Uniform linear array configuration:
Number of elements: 32
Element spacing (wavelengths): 0.5
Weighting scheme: blackman
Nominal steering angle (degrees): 45
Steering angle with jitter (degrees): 45.95
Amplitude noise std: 0.05
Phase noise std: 0.05

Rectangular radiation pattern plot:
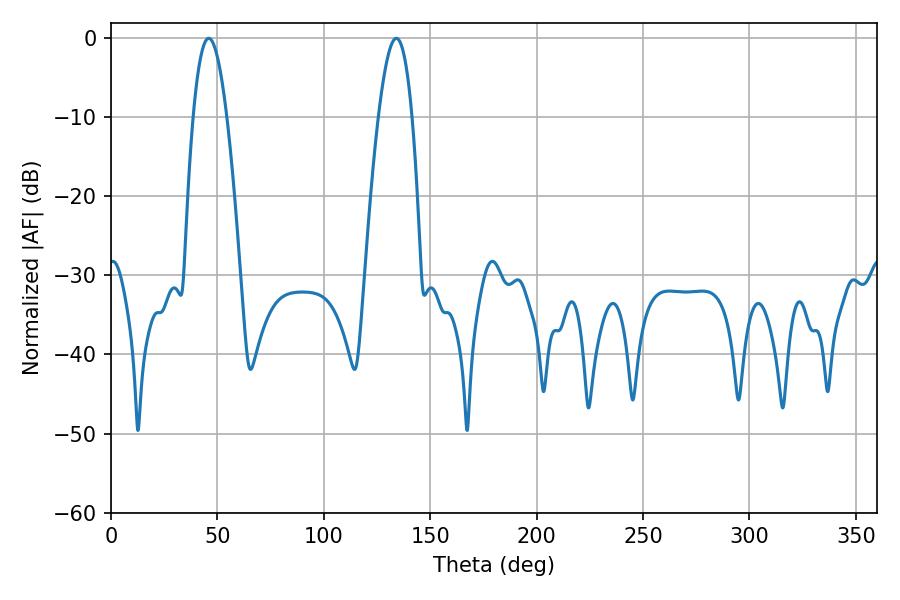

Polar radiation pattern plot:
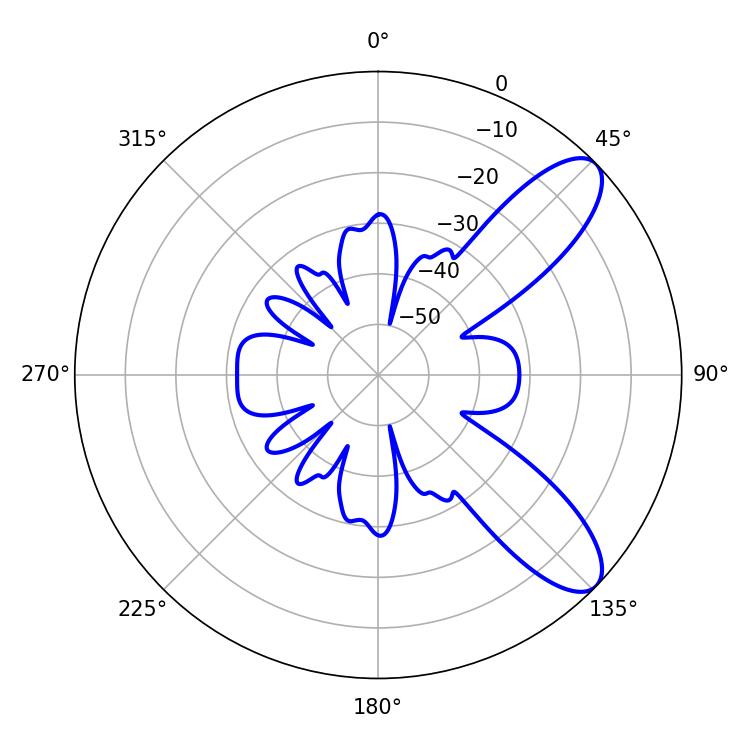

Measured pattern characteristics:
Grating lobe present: FALSE
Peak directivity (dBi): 9.303
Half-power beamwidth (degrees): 8.64
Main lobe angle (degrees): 45.9